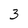
Character: 3